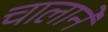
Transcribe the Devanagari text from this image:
चालाने